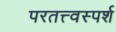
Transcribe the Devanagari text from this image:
परतत्त्वस्पर्श